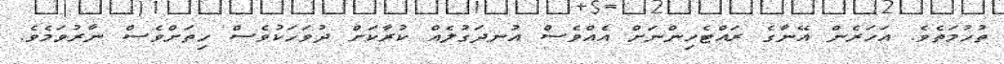
ތުހުމަތެވެ. އަހަރެން އޭނާގެ ރައްޓެހިންނަށް އެއްވެސް އުނދަގުލެއް ކުރާކަށް ދުވަހަކުވެސް ހިތަށްވެސް ނާރުވަމެވެ.